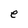
Character: e